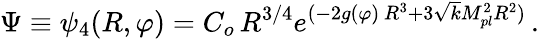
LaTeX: \Psi\equiv\psi_{4}(R,\varphi)=C_{o}\, R^{3/4}e^{(-2g(\varphi)\, R^{3}+3\sqrt{k}M_{pl}^{2}R^{2})}\, .